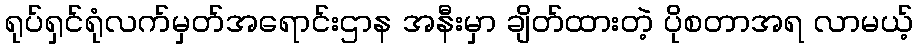
ရုပ်ရှင်ရုံလက်မှတ်အရောင်းဌာန အနီးမှာ ချိတ်ထားတဲ့ ပိုစတာအရ လာမယ့်